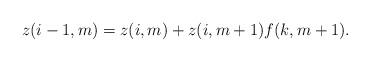
LaTeX: \begin{align*} z(i-1,m)=z(i,m)+z(i,m+1)f(k,m+1).\end{align*}